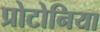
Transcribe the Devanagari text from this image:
प्रोटोनिया